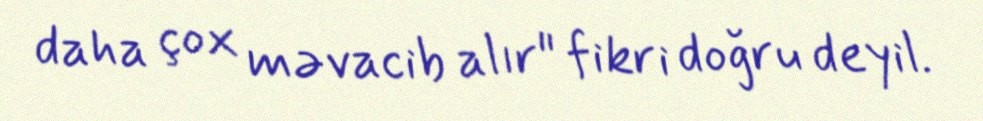
daha çox məvacib alır" fikri doğru deyil.